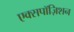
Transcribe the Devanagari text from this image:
एक्सपॉज़िशन